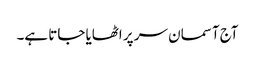
آج آسمان سر پر اٹھایا جاتا ہے۔